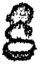
కి